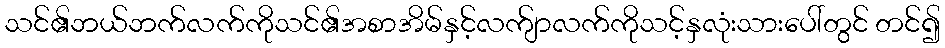
သင်၏ဘယ်ဘက်လက်ကိုသင်၏အစာအိမ်နှင့်လက်ျာလက်ကိုသင့်နှလုံးသားပေါ်တွင် တင်၍